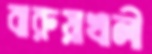
বারুয়াখালী